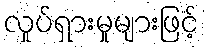
လှုပ်ရှားမှုများဖြင့်